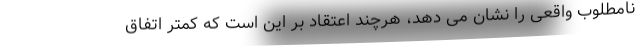
نامطلوب واقعی را نشان می دهد، هرچند اعتقاد بر این است که کمتر اتفاق